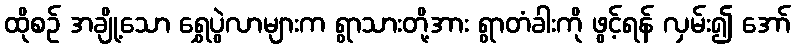
ထိုစဉ် အချို့သော ရွှေပွဲလာများက ရွာသားတို့အား ရွာတံခါးကို ဖွင့်ရန် လှမ်း၍ အော်